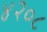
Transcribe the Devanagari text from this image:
४२०८